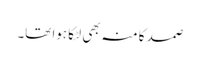
صمد کا منہ بھی لٹکا ہوا تھا۔